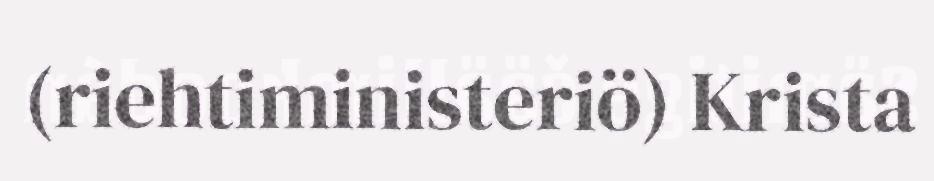
(riehtiministeriö) Krista